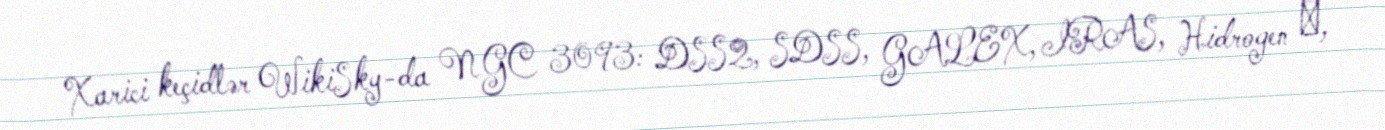
Xarici keçidlər WikiSky-da NGC 3093: DSS2, SDSS, GALEX, IRAS, Hidrogen α,